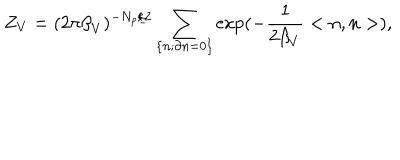
Z _ { V } = ( 2 \pi { \beta } _ { V } ) ^ { - N _ { p } / 2 } \sum _ { \left\{ n ; \partial n = 0 \right\} } \exp ( - \frac { 1 } { 2 { \beta } _ { V } } < n , n > ) ,